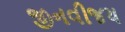
જીનવીજય